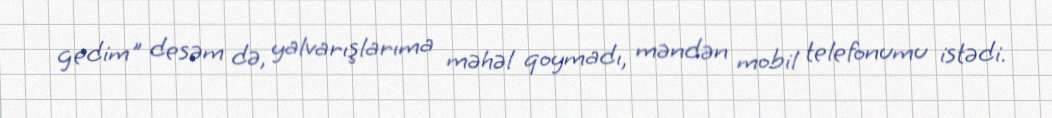
gedim" desəm də, yalvarışlarıma məhəl qoymadı, məndən mobil telefonumu istədi.